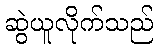
ဆွဲယူလိုက်သည်